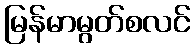
မြန်မာမွတ်စလင်